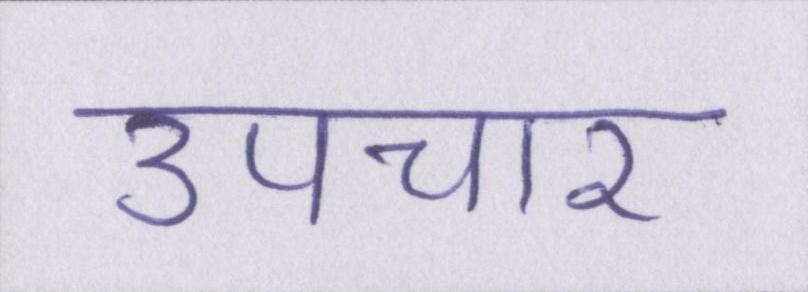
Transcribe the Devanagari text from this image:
उपचार